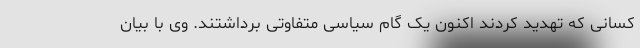
کسانی که تهدید کردند اکنون یک گام سیاسی متفاوتی برداشتند. وی با بیان